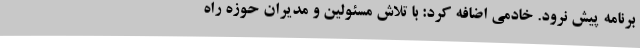
برنامه پیش نرود. خادمی اضافه کرد: با تلاش مسئولین و مدیران حوزه راه